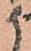
候